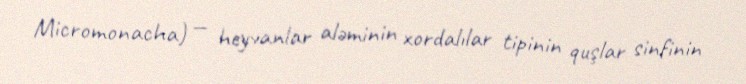
Micromonacha) — heyvanlar aləminin xordalılar tipinin quşlar sinfinin